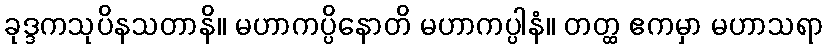
ခုဒ္ဒကသုပိနသတာနိ။ မဟာကပ္ပိနောတိ မဟာကပ္ပါနံ။ တတ္ထ ဧကမှာ မဟာသရာ